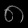
Digit: ၈